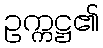
ဥက္ကဋ္ဌ၏